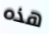
هذه